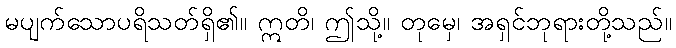
မပျက်သောပရိသတ်ရှိ၏။ ဣတိ၊ ဤသို့။ တုမှေ၊ အရှင်ဘုရားတို့သည်။